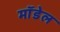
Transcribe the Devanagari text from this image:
माॅडेल